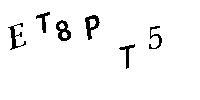
ET8PT5